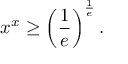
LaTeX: x ^ { x } \geq \left( { \frac { 1 } { e } } \right) ^ { \frac { 1 } { e } } .